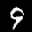
Label: 9